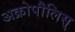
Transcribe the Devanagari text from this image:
अक्रोपौलिस्‌